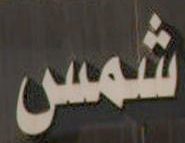
شمس